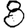
Digit: 8